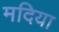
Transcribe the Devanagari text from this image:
मदिया